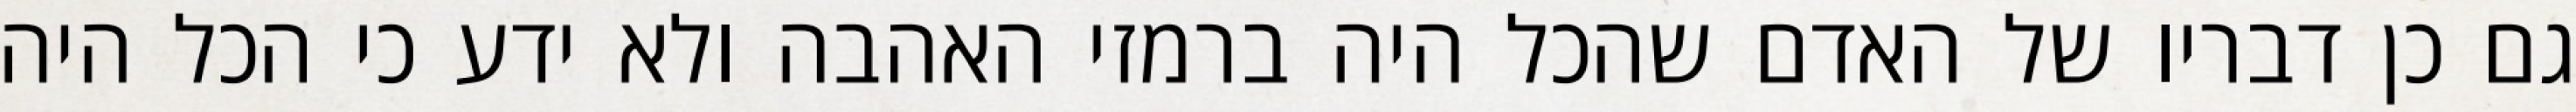
גם כן דבריו של האדם שהכל היה ברמזי האהבה ולא ידע כי הכל היה